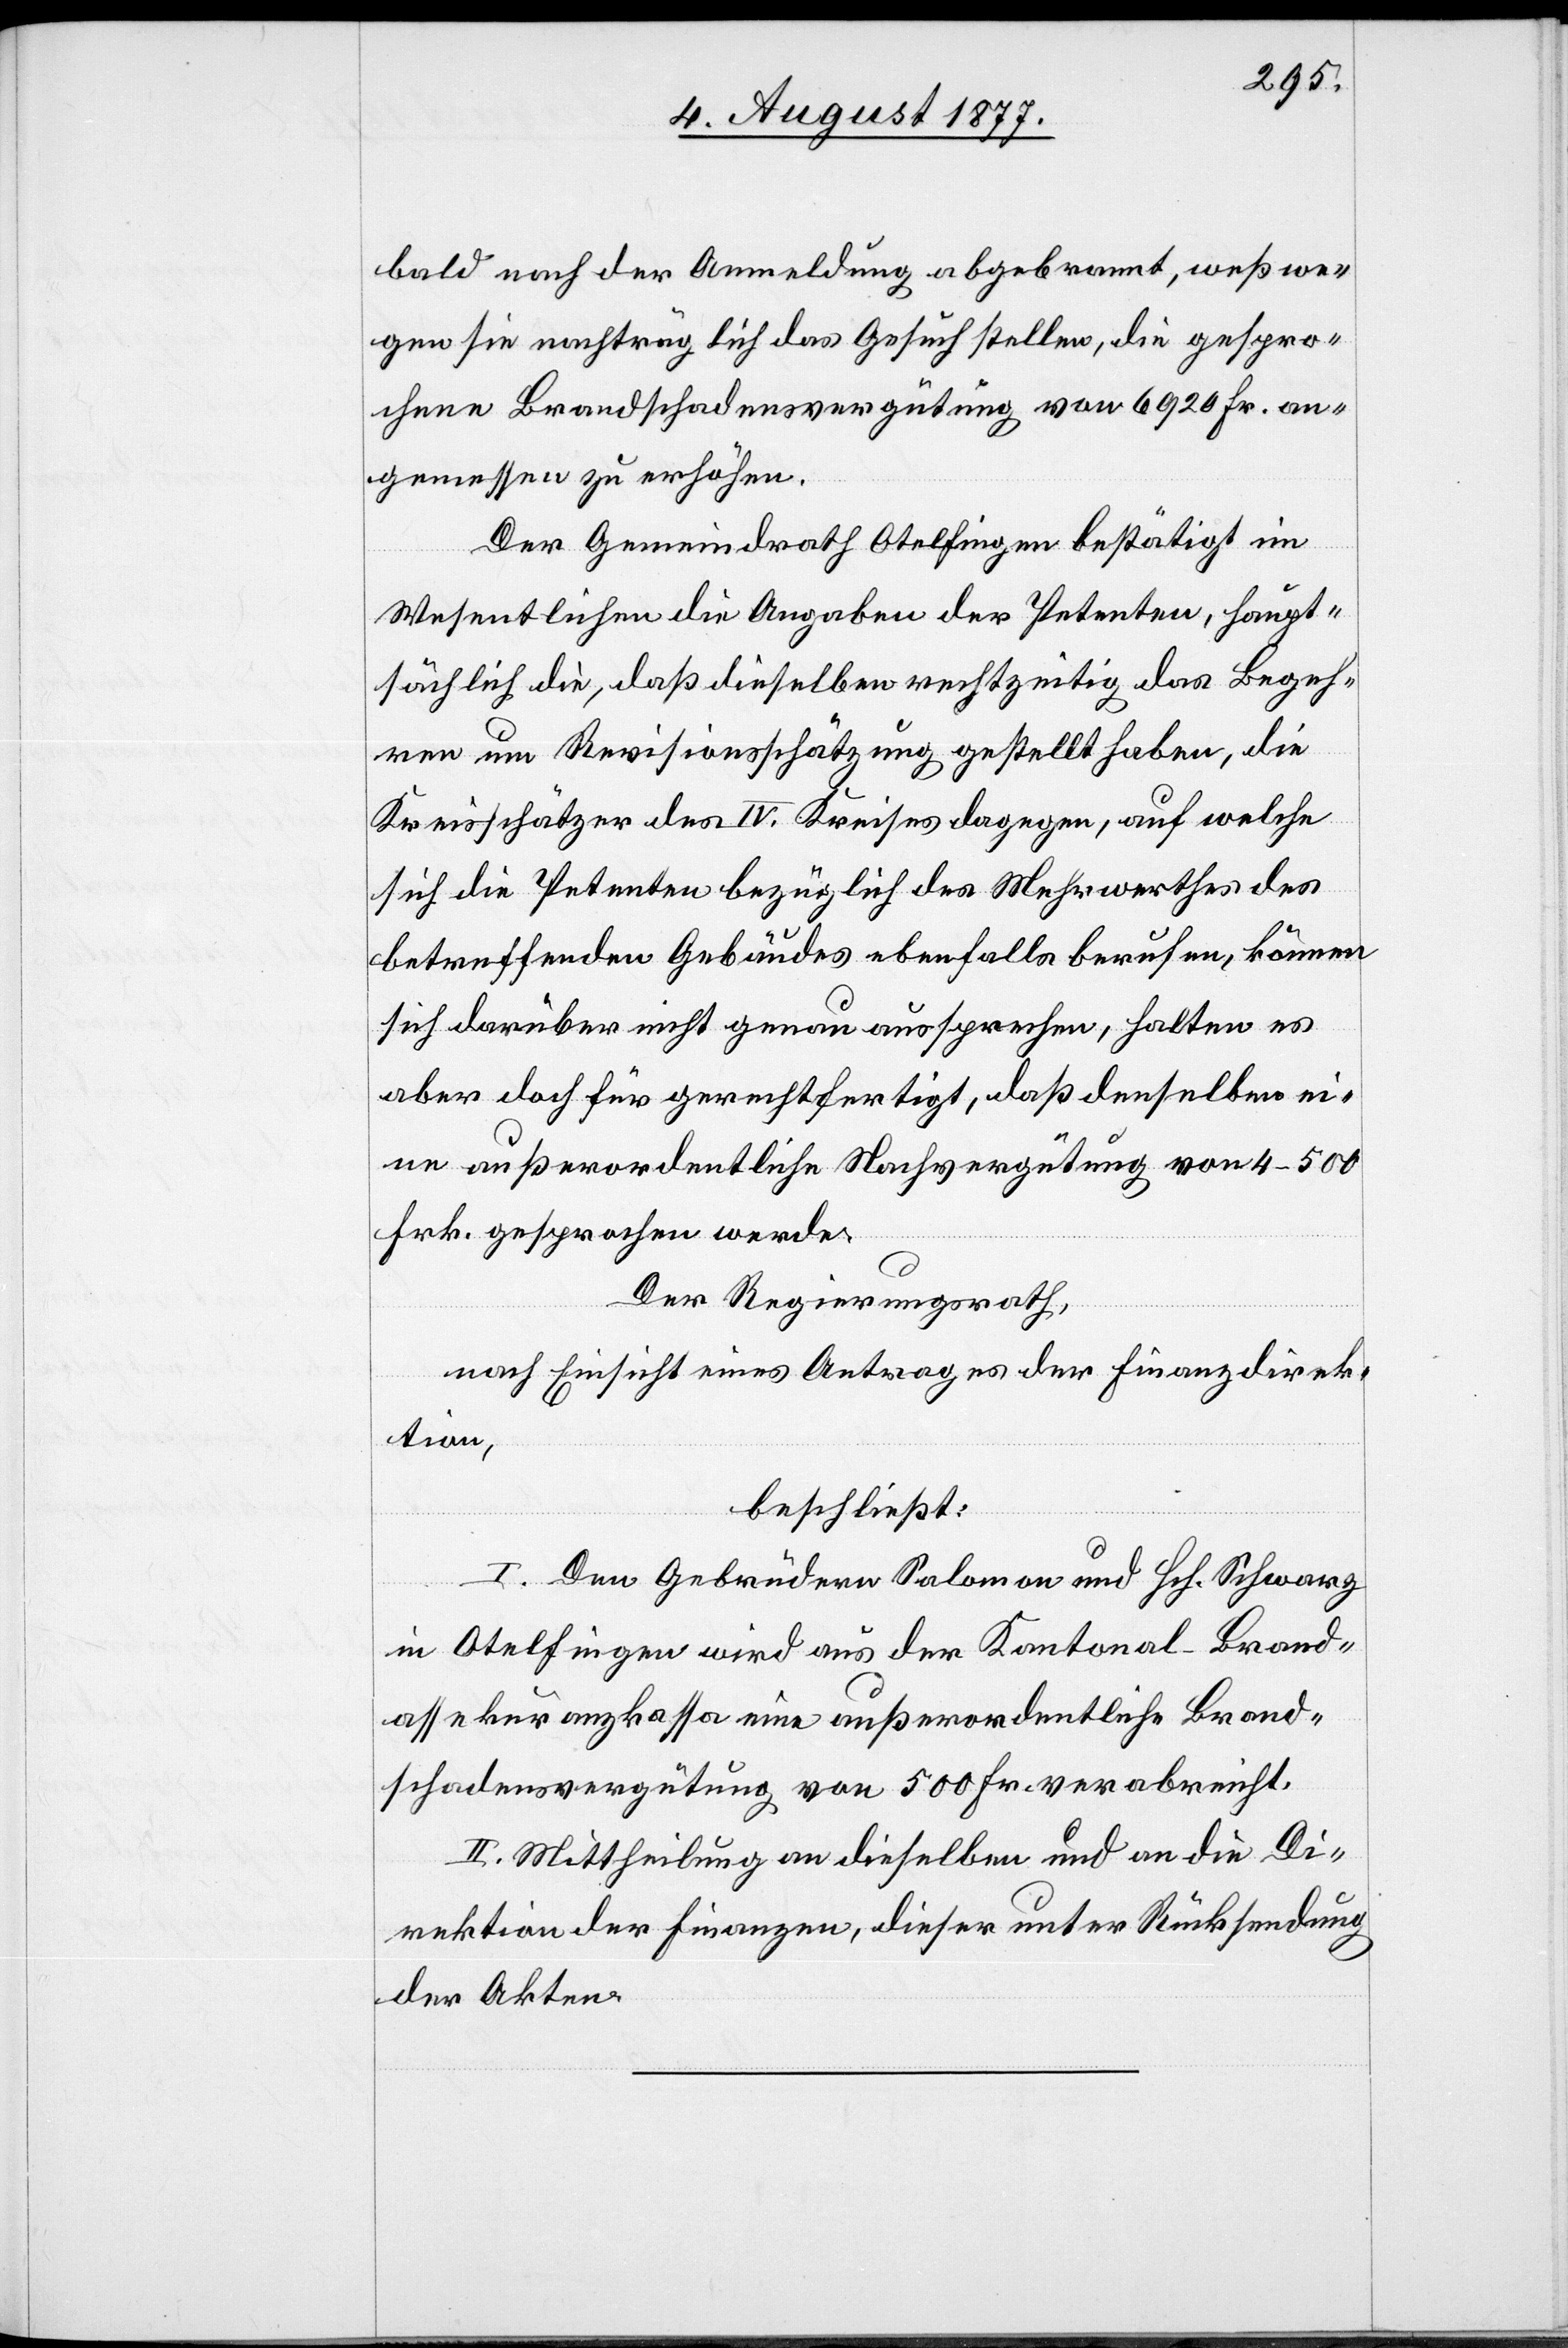
bald nach der Anmeldung abgebrannt, weßwe¬
gen sie nachträglich das Gesuch stellen, die gespro¬
chene Brandschadensvergütung von 6920 Fr. an¬
gemessen zu erhöhen.
Der Gemeindrath Otelfingen bestätigt im
Wesentlichen die Angaben der Petenten, haupt¬
sächlich die, daß dieselben rechtzeitig das Begeh¬
ren um Revisionsschätzung gestellt haben, die
Kreisschätzer des IV. Kreises dagegen, auf welche
sich die Petenten bezüglich des Mehrwerthes des
betreffenden Gebäudes ebenfalls berufen, können
sich darüber nicht genau aussprechen, halten es
aber doch für gerechtfertigt, daß denselben ei¬
ne außerordentliche Nachvergütung von 4–500
Frk. gesprochen werde.
Der Regierungsrath,
nach Einsicht eines Antrages der Finanzdirek¬
tion,
beschließt:
I. Den Gebrüdern Salomon und Hch. Schwarz
in Otelfingen wird aus der Kantonal-Brand¬
assekuranzkassa eine außerordentliche Brand¬
schadensvergütung von 500 Fr. verabreicht.
II. Mittheilung an dieselben und an die Di¬
rektion der Finanzen, dieser unter Rücksendung
der Akten.